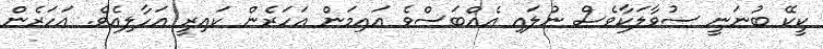
ކީކޭ ބުނަނީ ސުވާލަކާވެސް ނުލައި އެއްބަސްވެ އައިމަން އަހަރެން ކައިރީ އަހާލިއެވެ. އަހަރެން